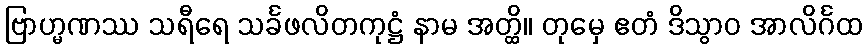
ဗြာဟ္မဏဿ သရီရေ သင်္ခဖလိတကုဋ္ဌံ နာမ အတ္ထိ။ တုမှေ ဧတံ ဒိသွာဝ အာလိင်္ဂထ